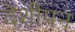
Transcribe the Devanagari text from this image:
देशीपन